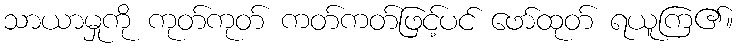
သာယာမှုကို ကုတ်ကုတ် ကတ်ကတ်ဖြင့်ပင် ဖော်ထုတ် ရယူကြ၏။